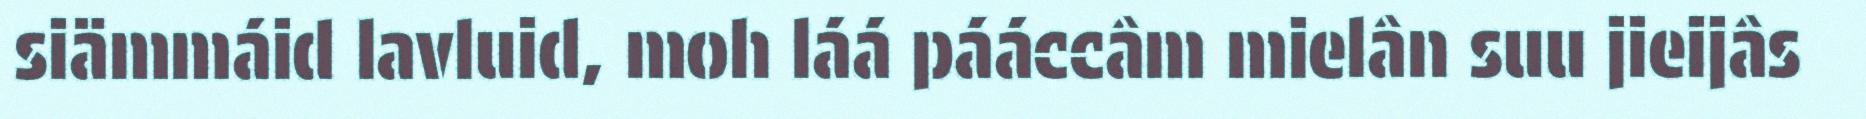
siämmáid lavluid, moh láá pááccâm mielân suu jieijâs